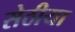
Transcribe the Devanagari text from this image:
सेठीया